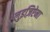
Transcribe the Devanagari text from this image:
लुइज़िऐना